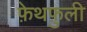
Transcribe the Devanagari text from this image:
फ़ेथफ़ुली